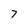
Character: 7